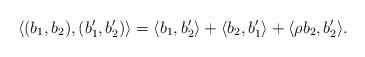
LaTeX: \begin{align*}\langle (b_1, b_2) , (b_1', b_2') \rangle = \langle b_1, b_2' \rangle+ \langle b_2, b_1' \rangle + \langle \rho b_2, b_2' \rangle.\end{align*}